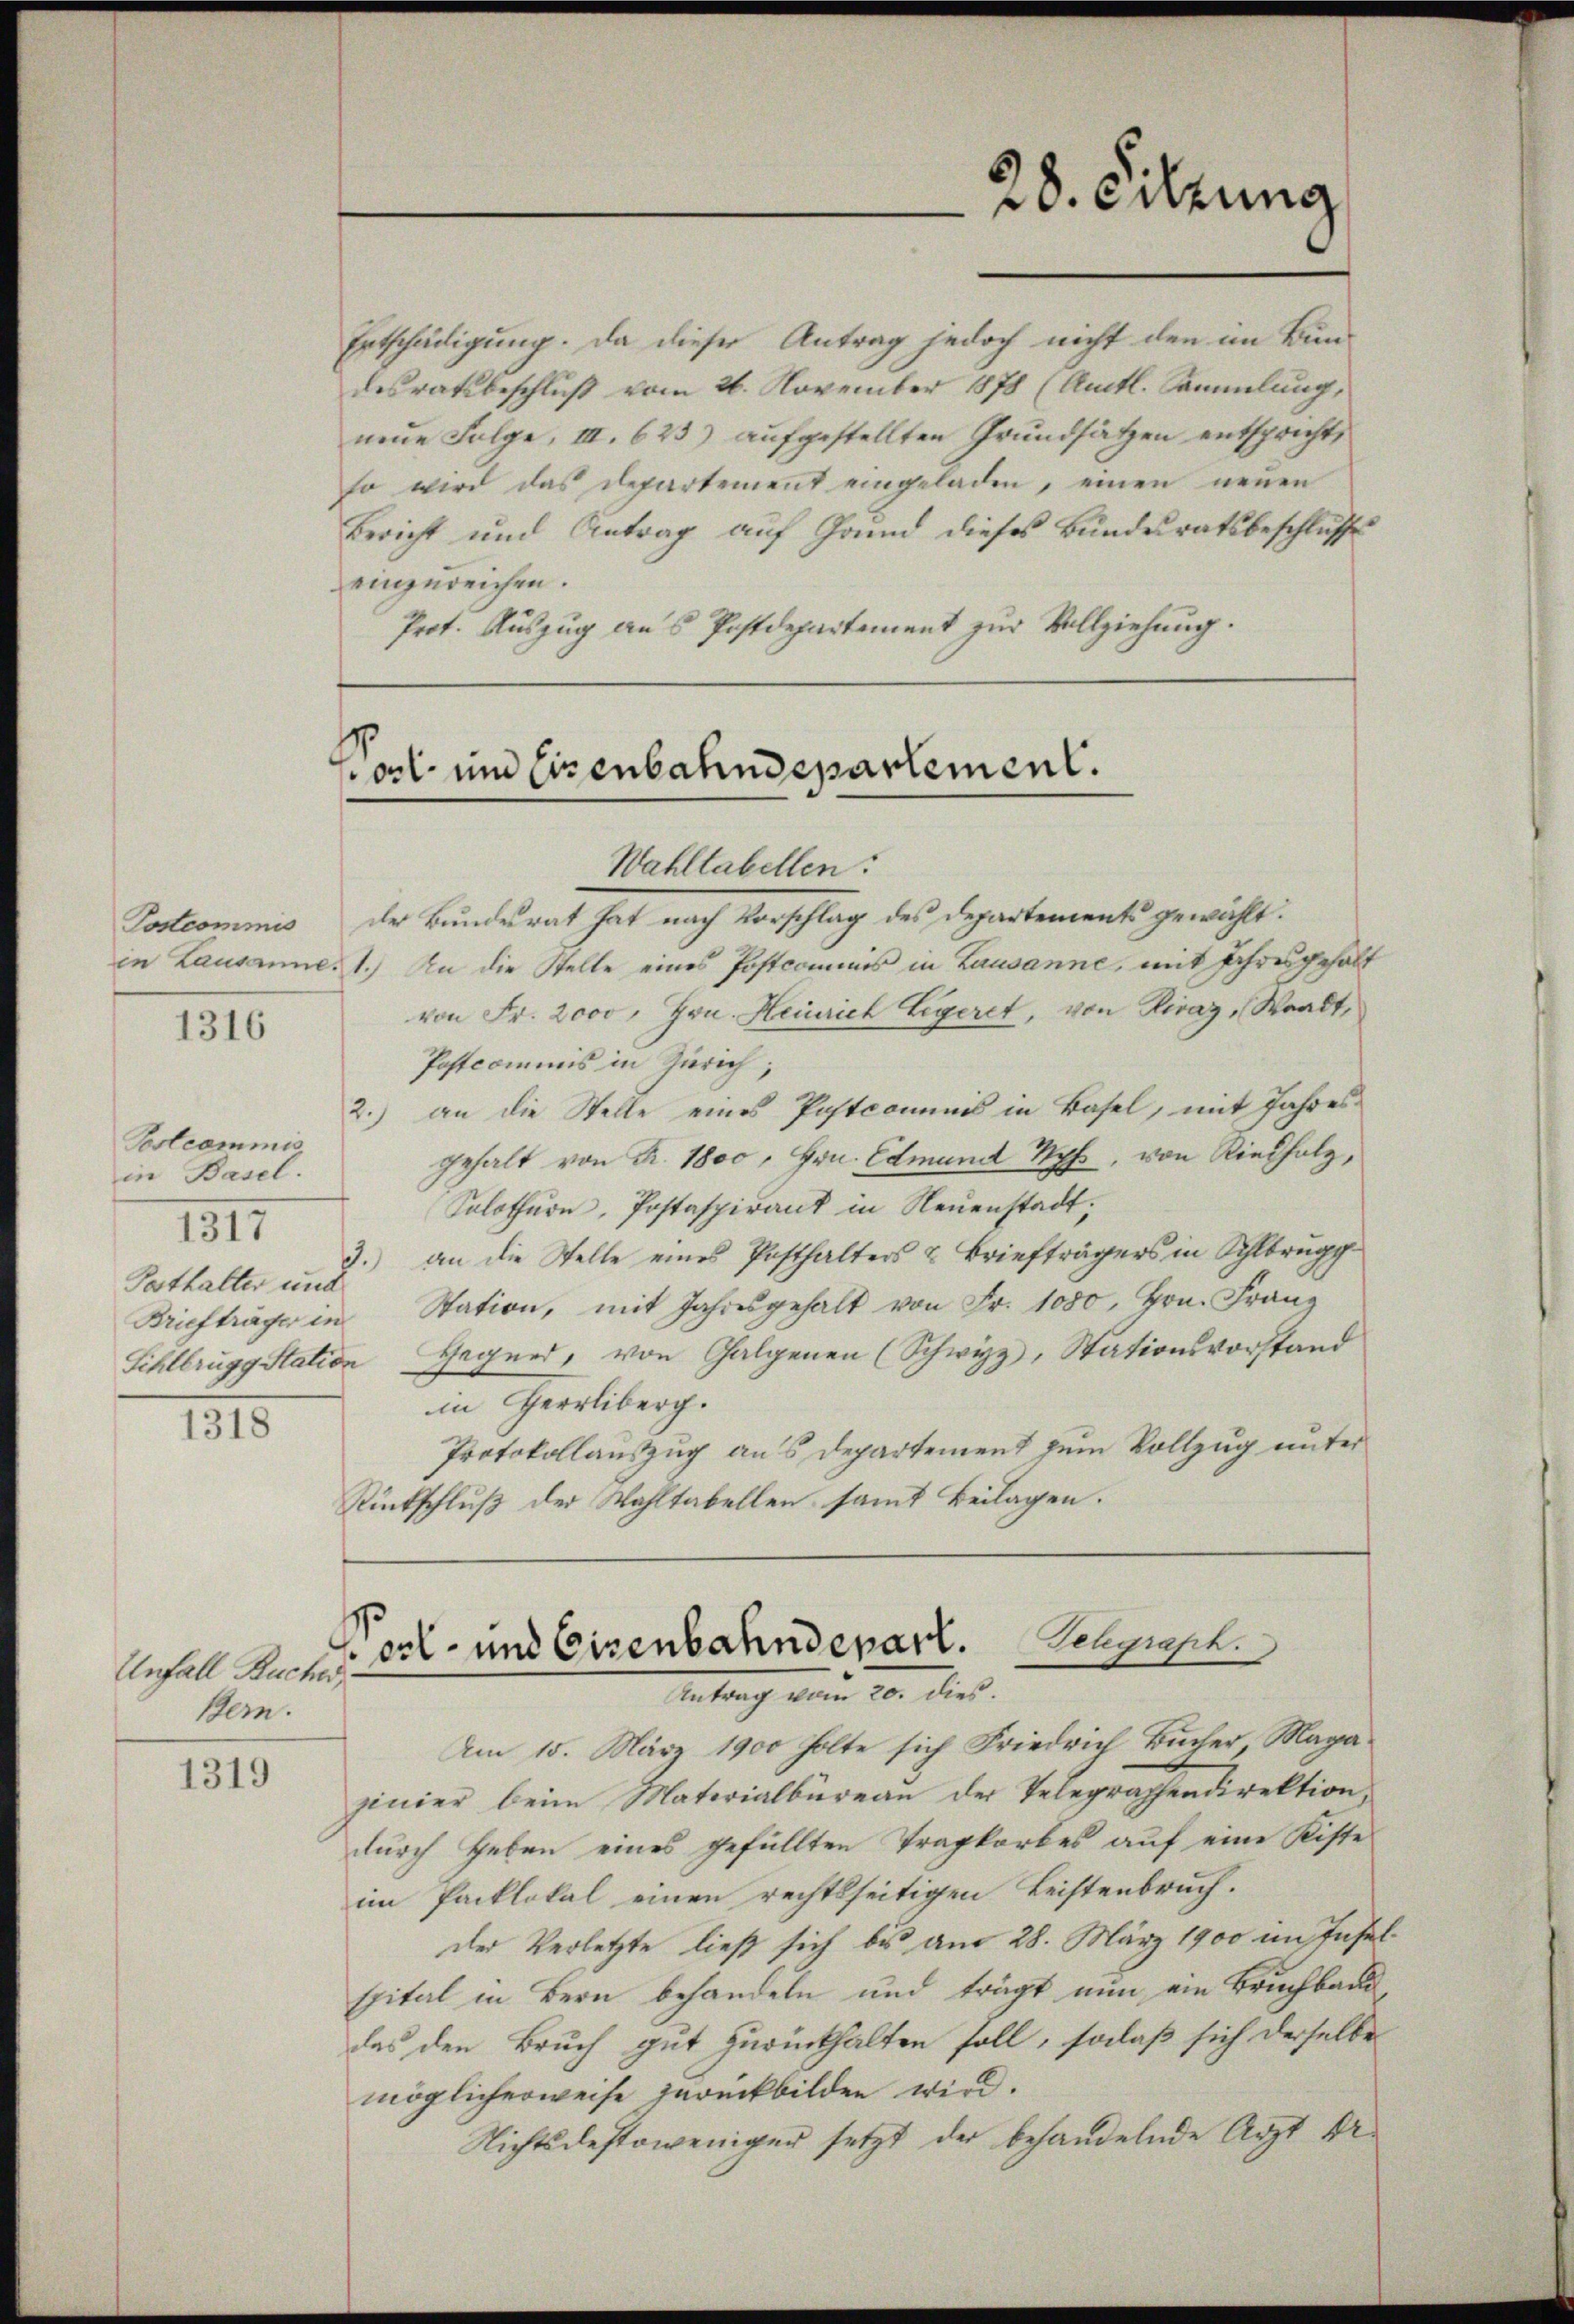
Postcommis
1316

Postcommis
in Basel.
1315
Posthalter und
Briefträger in

1318

Unfall Buches
Bern.

1319

Entschädigung. Da dieser Antrag jedoch nicht den im Bundesratsbeschluß vom 26. November 1878 (Amtl. Sammlung,
neue Folge, III. 623) aufgestellten Grundsätzen entspricht,
so wird das Departement eingeladen, einen neuen
Bericht und Antrag auf Grund dieses Bundesratsbeschlusse
einzureichen.
Prot. Auszug aus Postdepartement zur Vollziehung.

Post- und Eisenbahndepartement.

28. Sitzung

Am 15. März 1900 holte sich Friedrich Bücher, Magajinier beim Materialbüreau der Telegraphendirektion,
durch Heben eines gefüllten Tragkorbes auf eine Kiste

Post- und Eisenbahndepart. Belgisch
Mitung von 10. dies

Wahltabellen.
der Bundesrat hat nach Vorschlag des Departements gewählt:
in Lausanne, 1.) An die Stelle eines Postcommis in Lausanne, mit Ihresgehalt
von Fr. 2000, Hrn. Heinrich Legeret, von Rivaz, Waadt,
Postcommis in Zürich;
2.) an die Stelle eines Postcommis in Basel, mit Jahresgehalt von Fr. 1800, Hrn. Edmund Weh, von Riedholz,
Solothurn, Postaspirant in Neuenstadt;
3.) an die Stelle eines Posthalters & Briefträgers in Schlbrugg
Station, mit Jahresgehalt von Fr. 1080, Hrn. Franz
Sihlbrugg Station Gegner, von Galgenen (Schwyz, Stationsvorstand
in Herrliberg.
Protokollauszug aus Departement zum Vollzug unter
Rückschluß der Wahltabellen samt Beilagen.

im Packlokal einen rechtsseitigen Leistenbruch.
der Verletzte ließ sich bis am 28. März 1900 im Insel
spital in Bern behandeln und trägt nun ein Bruchbaue
das den Bruch gut zurückhalten soll, solaß sich derselbe
möglicherweise zurückbilden wird.
Nichtsdestoweniger setzt der behandelnde Arzt Dr.